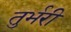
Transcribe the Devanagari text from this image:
तुर्भरी